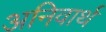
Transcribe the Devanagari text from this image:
अनिवार्थ